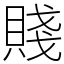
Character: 賤